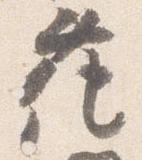
花